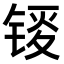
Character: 𫓸